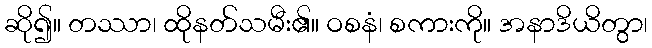
ဆို၍။ တဿာ၊ ထိုနတ်သမီး၏။ ဝစနံ၊ စကားကို။ အနာဒိယိတွာ၊